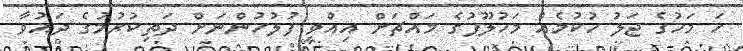
ހަ މަހުގެ ޖަލު ހުކުމެއް މަހުލޫފުގެ މައްޗަށް އިއްވީ ފުލުހުންނަށް ދަތިކުރުމުގެ ދައުވާ